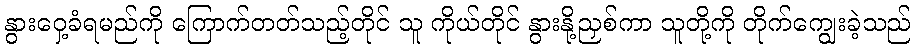
နွားဝှေ့ခံရမည်ကို ကြောက်တတ်သည့်တိုင် သူ ကိုယ်တိုင် နွားနို့ညှစ်ကာ သူတို့ကို တိုက်ကျွေးခဲ့သည်